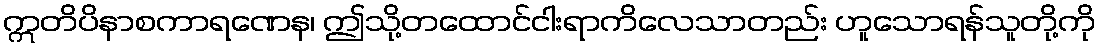
ဣတိပိနာစကာရဏေန၊ ဤသို့တထောင်ငါးရာကိလေသာတည်း ဟူသောရန်သူတို့ကို